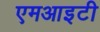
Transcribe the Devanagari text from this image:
एमआइटी